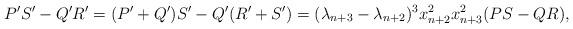
LaTeX: \begin{align*}P'S'-Q'R'=(P'+Q')S'-Q'(R'+S')={(\lambda_{n+3}-\lambda_{n+2})^3x_{n+2}^2x_{n+3}^2}(PS-QR),\end{align*}